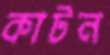
কাটন